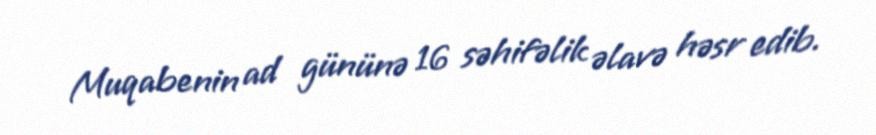
Muqabenin ad gününə 16 səhifəlik əlavə həsr edib.